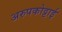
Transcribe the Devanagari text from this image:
अरुपकोट्टाई